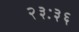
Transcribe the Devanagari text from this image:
२३ः३६